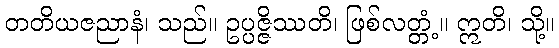
တတိယဇညာနံ၊ သည်။ ဥပ္ပဇ္ဇိဿတိ၊ ဖြစ်လတ္တံ့။ ဣတိ၊ သို့။